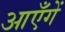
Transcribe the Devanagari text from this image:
आएँगें